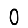
Digit: 0